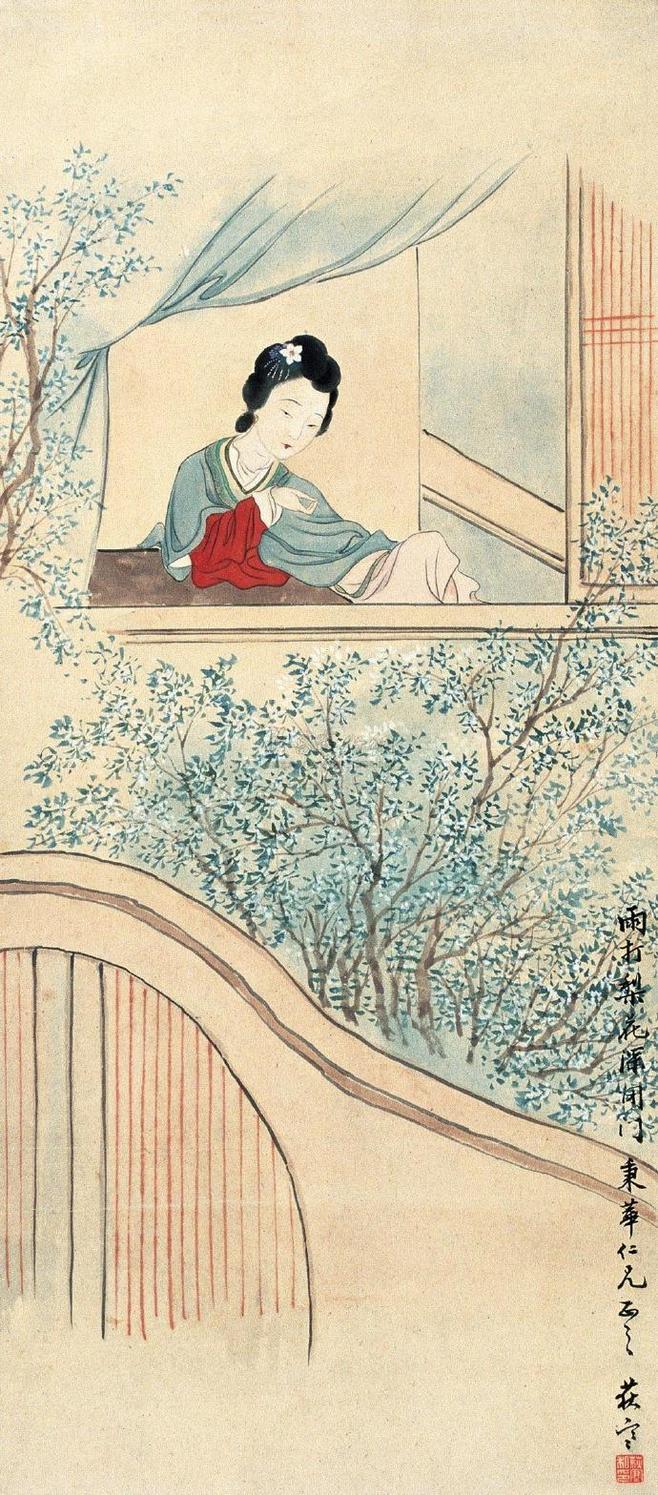
萋萋芳草忆王孙。柳外楼高空断魂。